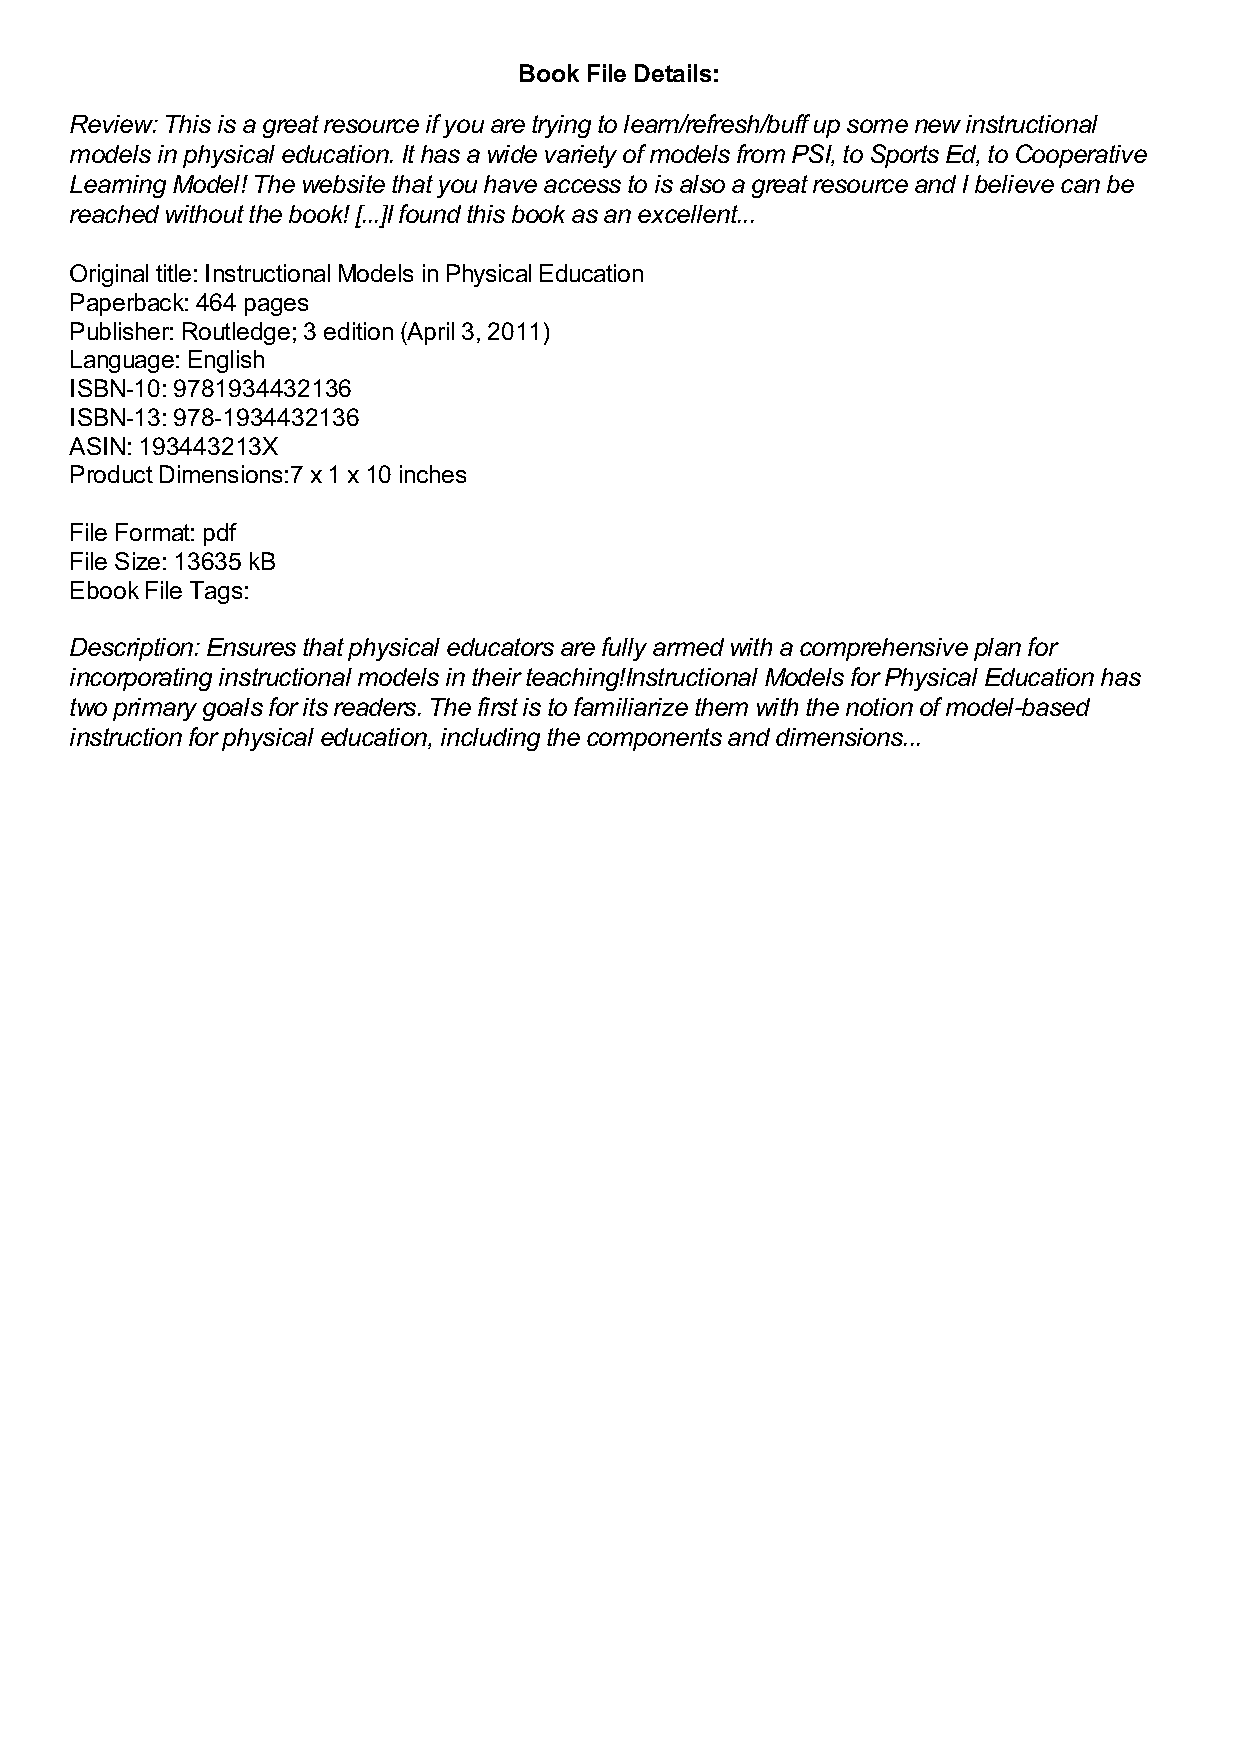
Book File Details:
 Review: This is a great resource if you are trying to learn/refresh/buff up some new instructional
 models in physical education. It has a wide variety of models from PSI, to Sports Ed, to Cooperative
 Learning Model! The website that you have access to is also a great resource and I believe can be
 reached without the book! [...]I found this book as an excellent...
 Original title: Instructional Models in Physical Education
 Paperback: 464 pages
 Publisher: Routledge; 3 edition (April 3, 2011)
 Language: English
 ISBN-10: 9781934432136
 ISBN-13: 978-1934432136
 ASIN: 193443213X
 Product Dimensions:7 x 1 x 10 inches
 File Format: pdf
 File Size: 13635 kB
 Ebook File Tags:
 Description: Ensures that physical educators are fully armed with a comprehensive plan for
 incorporating instructional models in their teaching!Instructional Models for Physical Education has
 two primary goals for its readers. The first is to familiarize them with the notion of model-based
 instruction for physical education, including the components and dimensions...